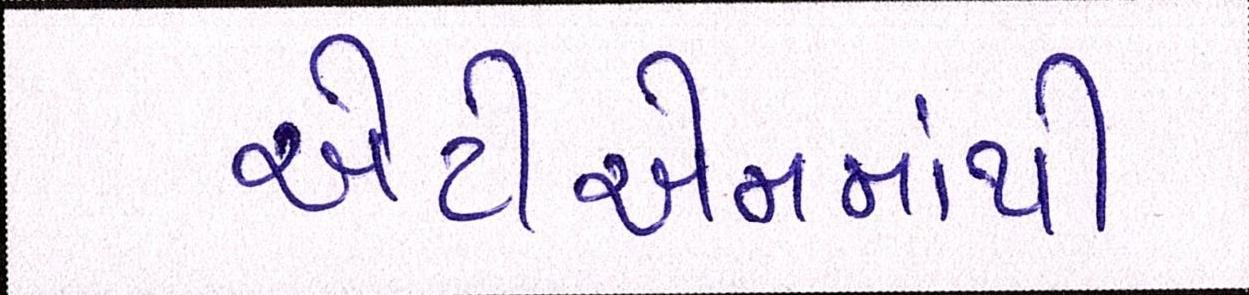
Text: એટીએમમાંથી